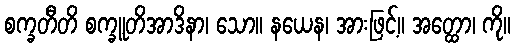
စက္ခတီတိ စက္ခူတိအာဒိနာ၊ သော။ နယေန၊ အားဖြင့်။ အတ္ထော၊ ကို။